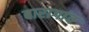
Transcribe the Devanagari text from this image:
बारागांव